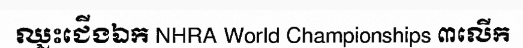
ឈ្នះជើងឯក NHRA World Championships ៣លើក